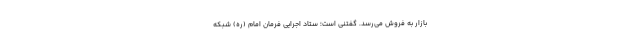
بازار به فروش می‌رسد. گفتنی است؛ ستاد اجرایی فرمان امام (ره) شبکه